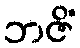
ဘဇိံ